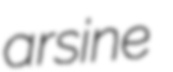
arsine